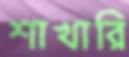
শাখারি